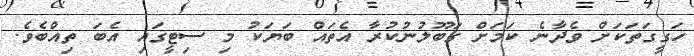
ހަގީގަތަކަށް ވެދާނެ ކަމަށް ގަބޫލުނުކުރާ އެތައް ބަޔަކު މި ސިޓީގައި އެބަ ތިއްބެވެ.